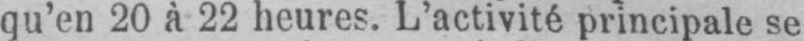
qu’en 20 à 22 heures. L’activité principale se